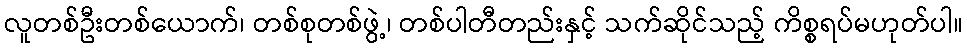
လူတစ်ဦးတစ်ယောက်၊ တစ်စုတစ်ဖွဲ့၊ တစ်ပါတီတည်းနှင့် သက်ဆိုင်သည့် ကိစ္စရပ်မဟုတ်ပါ။